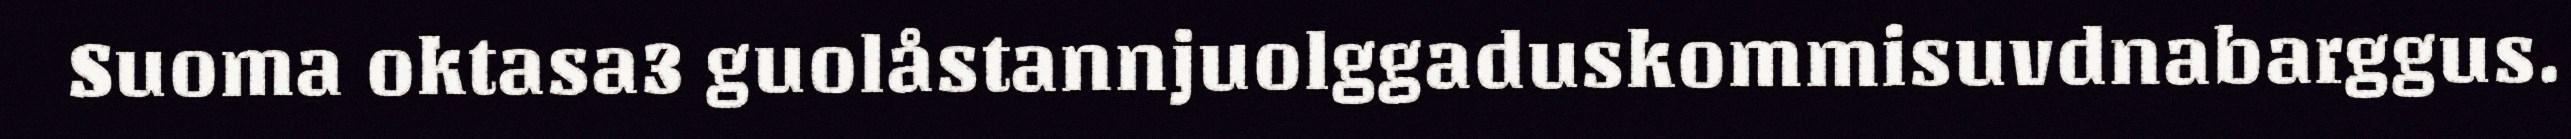
Suoma oktasa3 guolåstannjuolggaduskommisuvdnabarggus.